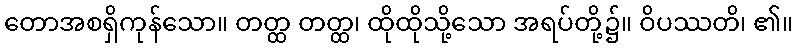
တောအစရှိကုန်သော။ တတ္ထ တတ္ထ၊ ထိုထိုသို့သော အရပ်တို့၌။ ဝိပဿတိ၊ ၏။